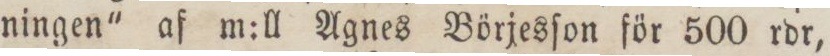
ningen' af m:ll Agnes Börjesſon för 500 rdr,